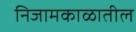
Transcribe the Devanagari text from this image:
निजामकाळातील